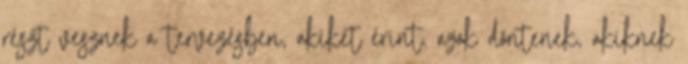
részt vesznek a tervezésben, akiket érint, azok döntenek, akiknek